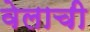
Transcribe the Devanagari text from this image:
वेलाची